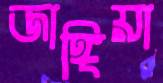
জাঙ্গিয়া